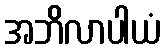
အဘိလာပါယံ